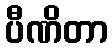
ပီဏိတာ